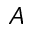
A